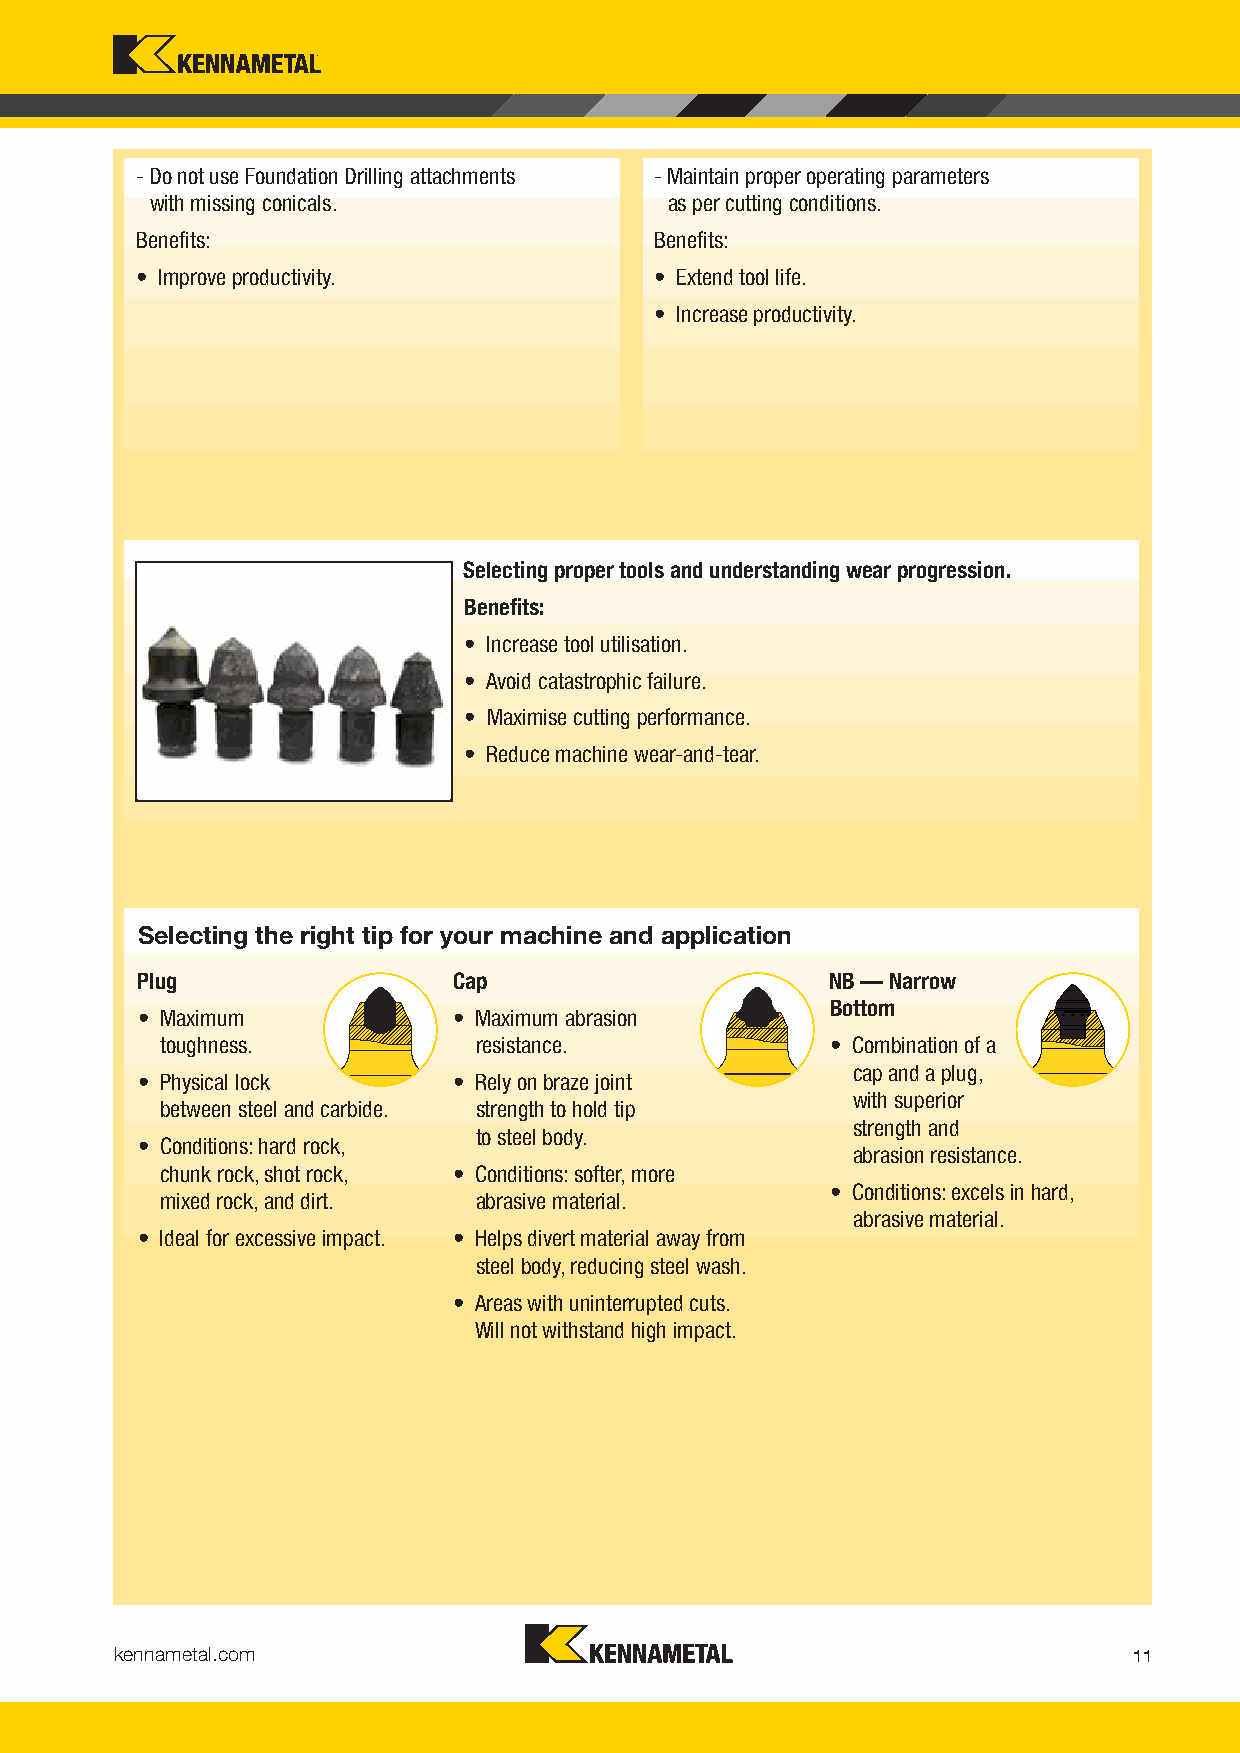
- Do not use Foundation Drilling attachments - Maintain proper operating parameters
 with missing conicals.            as per cutting conditions.
 Benefi ts:                        Benefi ts:
 • Improve productivity.           • Extend tool life.
 • Increase productivity.
 Selecting proper tools and understanding wear progression.
 Benefi ts:
 • Increase tool utilisation.
 • Avoid catastrophic failure.
 • Maximise cutting performance.
 • Reduce machine wear-and-tear.
 Selecting the right tip for your machine and application
 Plug                 Cap                      NB — Narrow
 Bottom
 • Maximum            • Maximum abrasion
 toughness.           resistance.            • Combination of a
 cap and a plug,
 • Physical lock      • Rely on braze joint
 with superior
 between steel and carbide. strength to hold tip
 strength and
 to steel body.
 • Conditions: hard rock,
 abrasion resistance.
 chunk rock, shot rock, • Conditions: softer, more
 • Conditions: excels in hard,
 mixed rock, and dirt. abrasive material.
 abrasive material.
 • Ideal for excessive impact. • Helps divert material away from
 steel body, reducing steel wash.
 • Areas with uninterrupted cuts.
 Will not withstand high impact.
 kennametal.com
 11
 KMT_Foundation_Drilling_2016_Catalog_010-011.indd 11 L V i KMT F d i Dilli 2016 C l 010011O b 621001/1631/116 0 37:1A8M PM